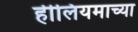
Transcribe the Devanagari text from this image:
हीलियमाच्या